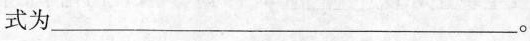
式为___。